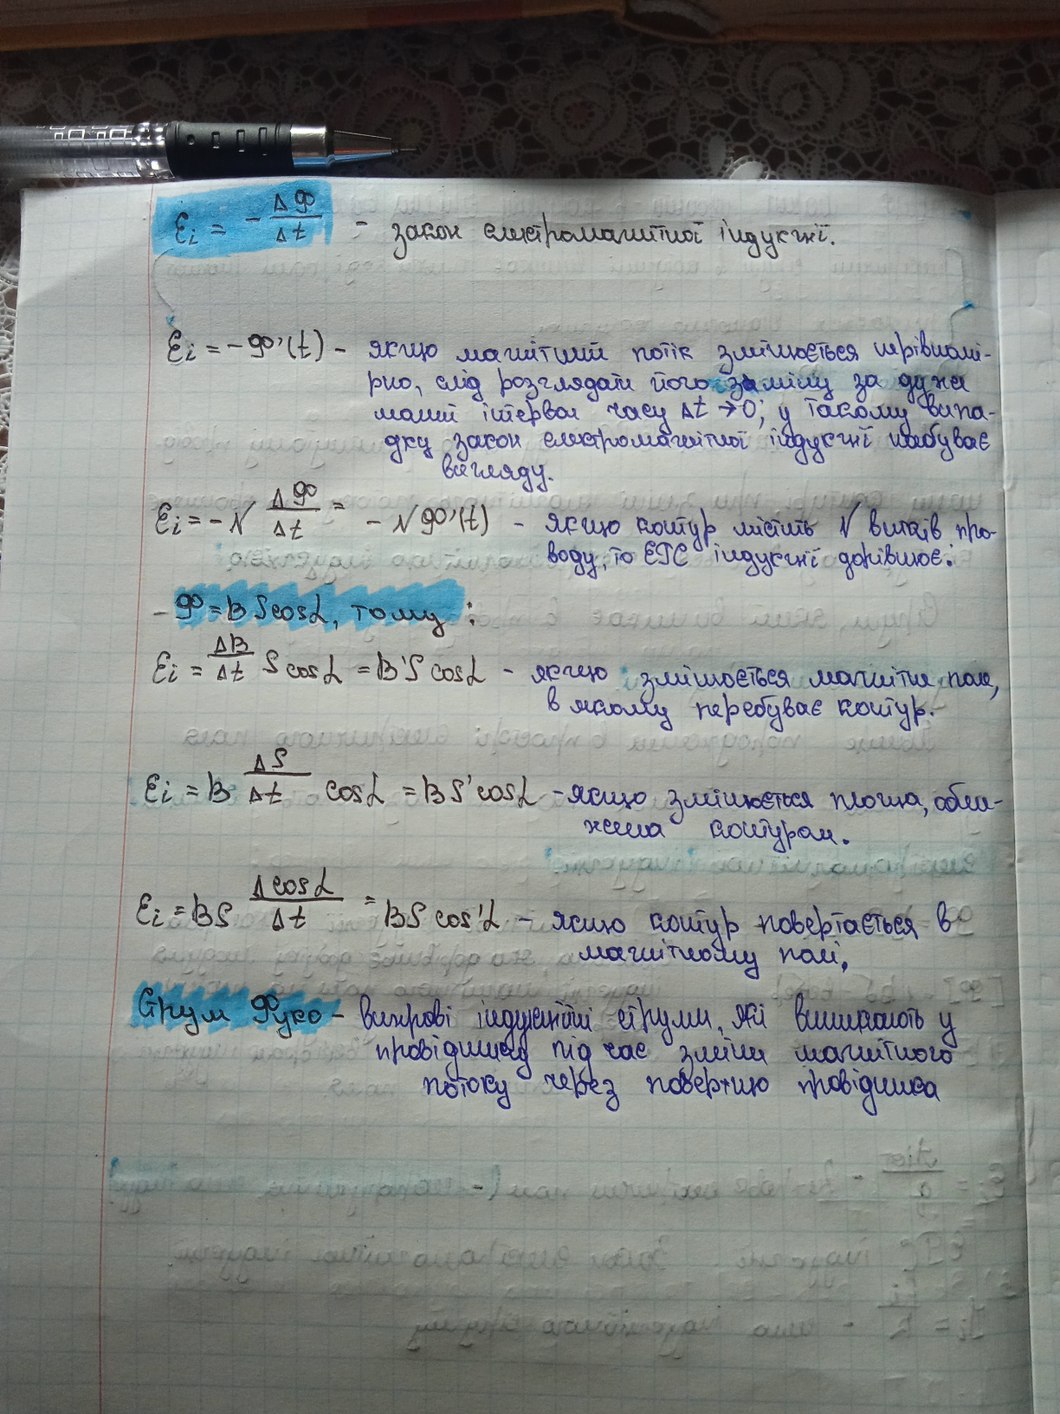
Ei = - ΔΦ / Δt - закон електромагнітної індукції.
Ei = -Ф'(t) - якщо магнітний потік змінюється нерівномі-
рно, слід розглядати його з~~о~~міну за дуже
малий інтервал часу Δt → 0; у такому випа-
дку закон електромагнітної індукції набуває
вигляду.
Ei = -N ΔФ / Δt = -N 90'(t) - якщо контур містить N витків про-
воду, то ЕРС індукції дорівнює:
Ф = B S cos α, тому:
Ei = ΔB / Δt S cos α = B' S cos α  - якщо змінюється магнітне поле,
в якому перебуває контур.
Ei = B ΔS/ Δt  cos α = B S' cos α - якщо змінюється площа, обме-
жена контуром.
Ei = B S Δcos α/ Δt  = B S cos' α - якщо контур повертається в
магнітному полі.
Струм Фуко - вихрові індукційні струми, які виникають у
провіднику під час зміни магнітного
потоку через поверхню провідника